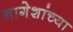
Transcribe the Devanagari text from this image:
नागेशांच्या